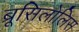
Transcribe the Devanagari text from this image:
ब्रूसिलोलिस